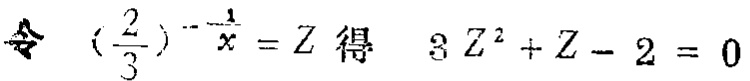
令\((\frac{2}{3})^{-\frac{1}{x}} = Z\)得 \(3Z^{2}+Z - 2 = 0\)